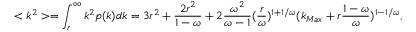
< k ^ { 2 } > = \int _ { r } ^ { \infty } k ^ { 2 } p ( k ) d k = 3 r ^ { 2 } + \frac { 2 r ^ { 2 } } { 1 - \omega } + 2 \frac { \omega ^ { 2 } } { \omega - 1 } ( \frac { r } { \omega } ) ^ { 1 + 1 / \omega } ( k _ { M a x } + r \frac { 1 - \omega } { \omega } ) ^ { 1 - 1 / \omega } ,